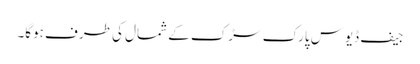
جیف ڈیوس پارک سڑک کے شمال کی طرف ہوگا۔